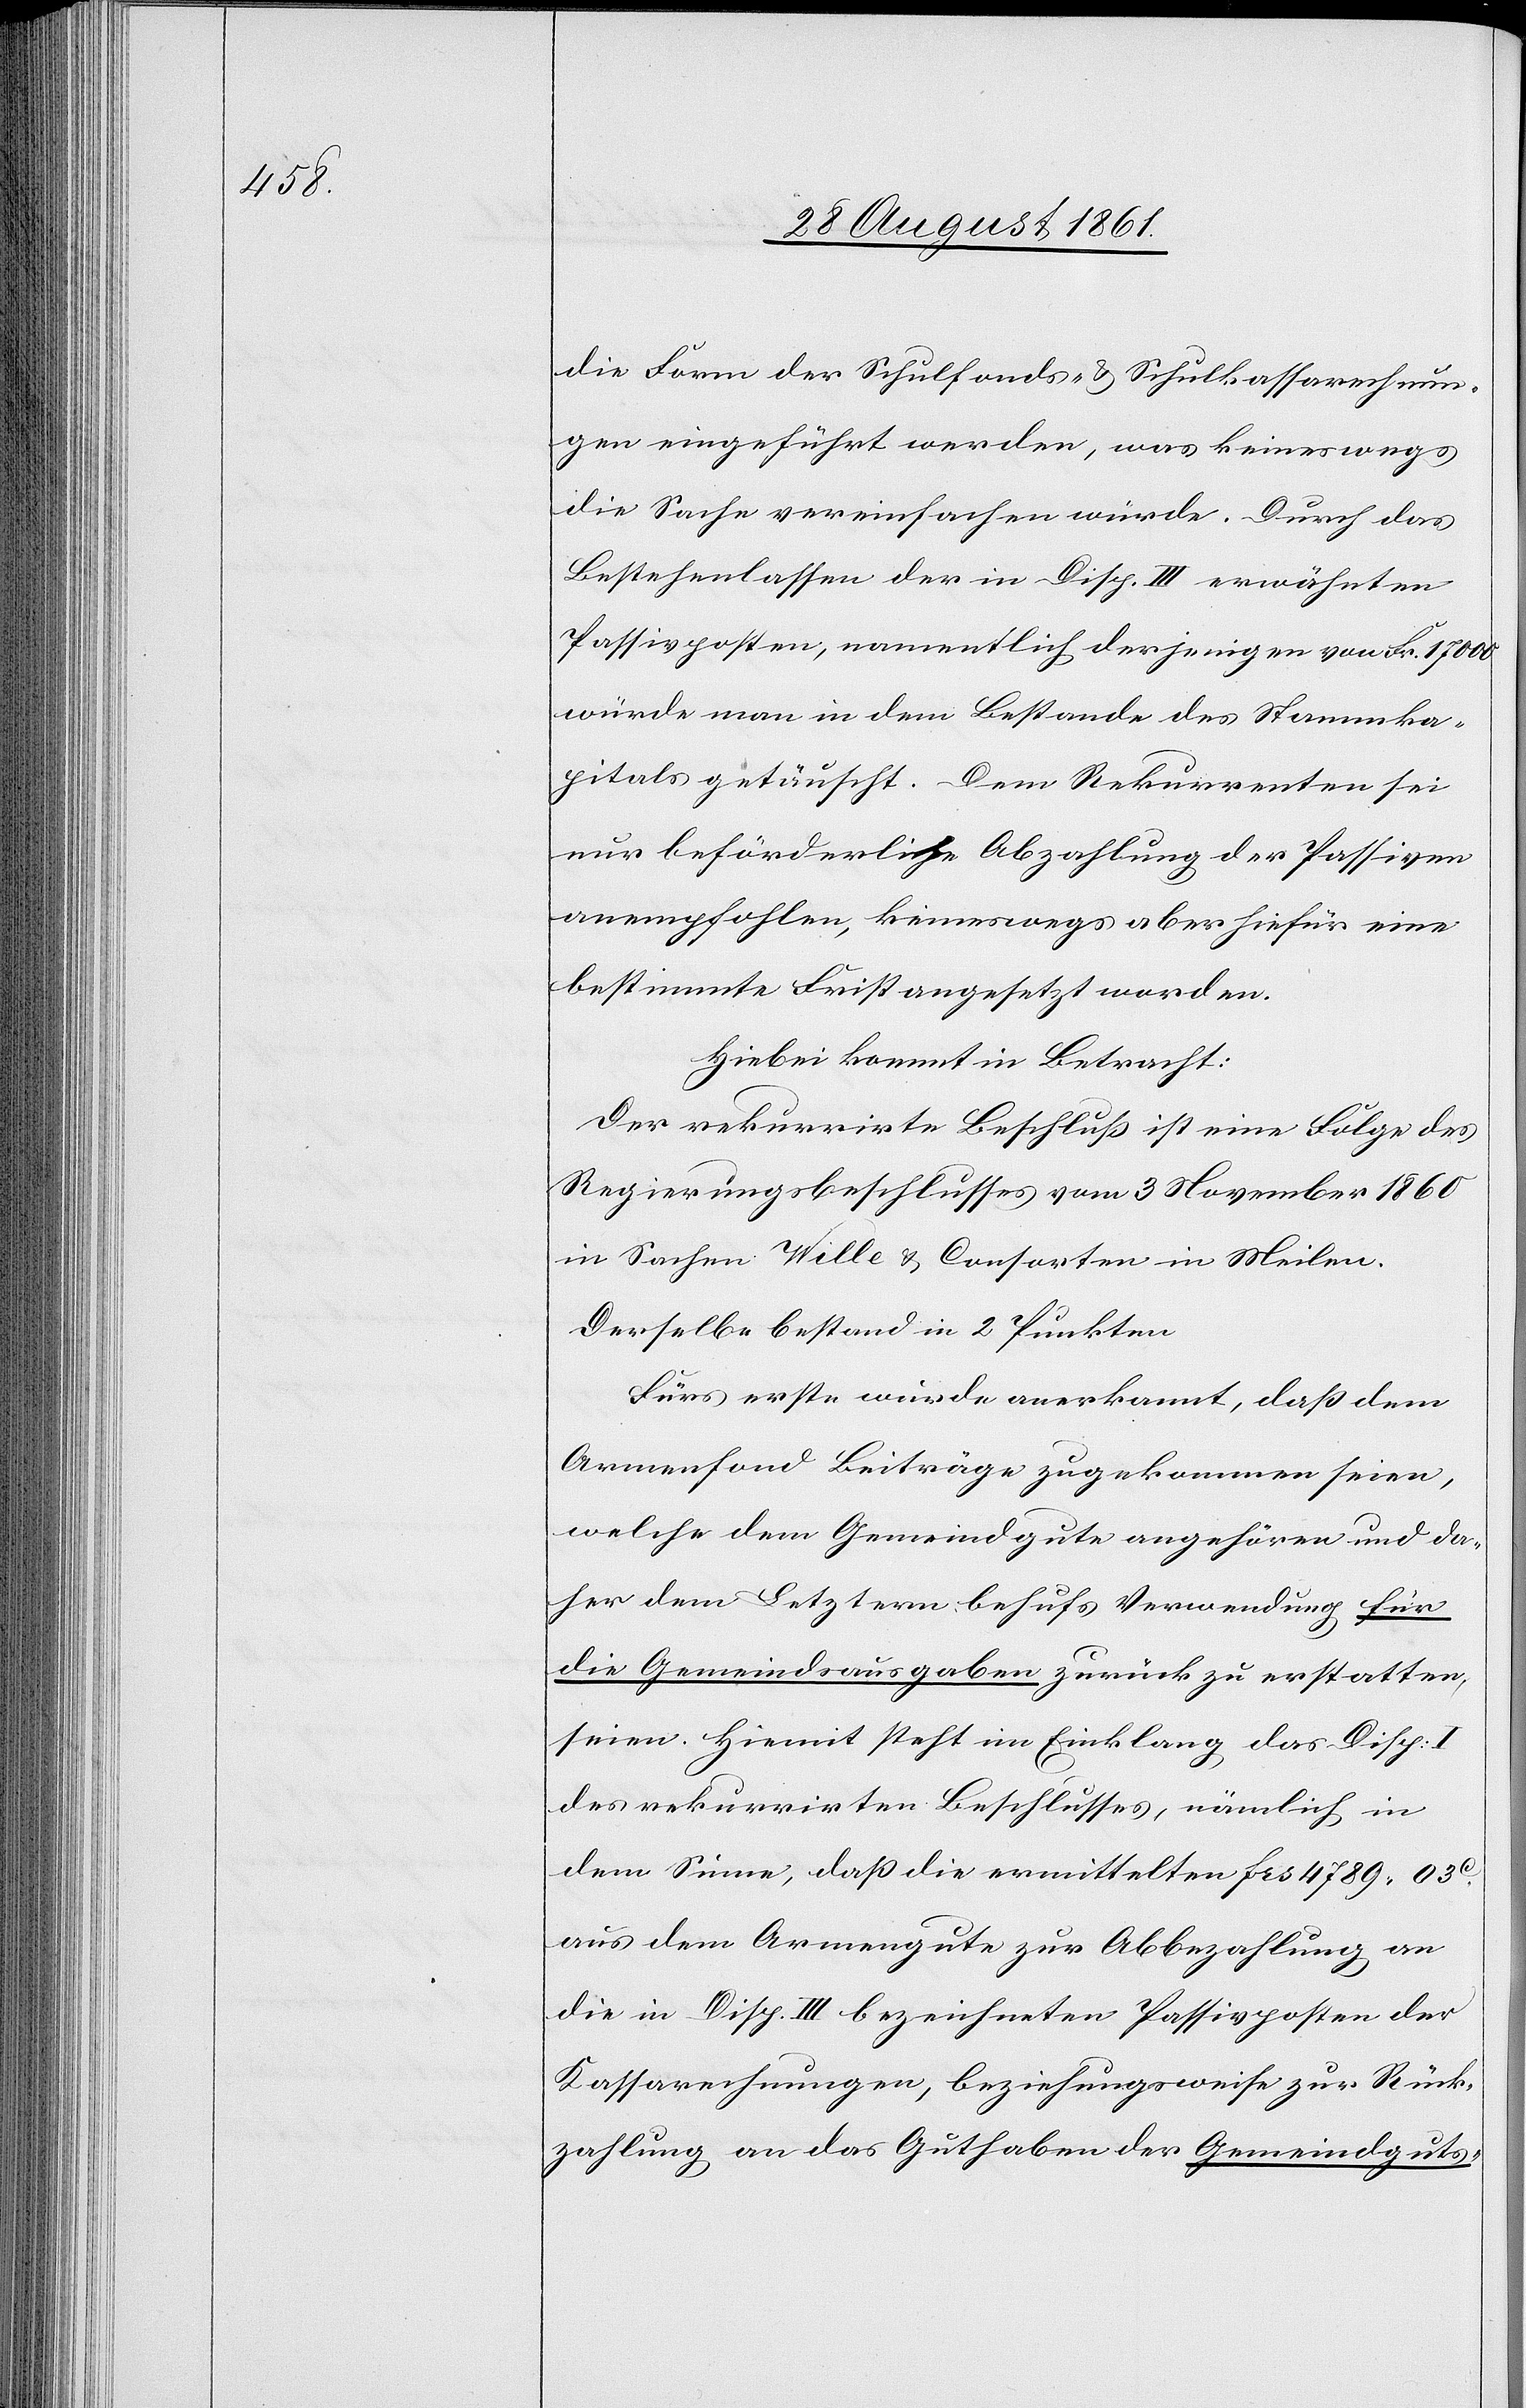
die Form der Schulfonds- u. Schulkassarechnun¬
gen eingeführt werden, was keineswegs
die Sache vereinfachen würde. Durch das
Bestehenlassen der in Disp. III erwähnten
Passivposten, namentlich derjenigen von Frk. 17000
würde man in dem Bestande des Stammka¬
pitals getäuscht. Dem Rekurrenten sei
nur beförderliche Abzahlung der Passiven
anempfohlen, keineswegs aber hiefür eine
bestimmte Frist angesetzt worden.
Hiebei kommt in Betracht:
Der rekurrirte Beschluß ist eine Folge des
Regierungsbeschlusses vom 3 November 1860
in Sachen Welle u. Consorten in Meilen.
Derselbe bestand in 2 Punkten.
Fürs erste wurde anerkannt, daß dem
Armenfond Beiträge zugekommen seien,
welche dem Gemeindgute angehören und da¬
her dem Letztern behufs Verwendung für
die Gemeindausgaben zurück zu erstatten
seien. Hiemit steht im Einklang das Disp.
des rekurrirten Beschlusses, nämlich in
dem Sinne, daß die ermittelten frs 4789.03c
aus dem Armengute zur Abbezahlung an
die in Disp. III bezeichneten Passivposten der
Kassarechnungen, beziehungsweise zur Rück¬
zahlung an das Guthaben der Gemeindguts-